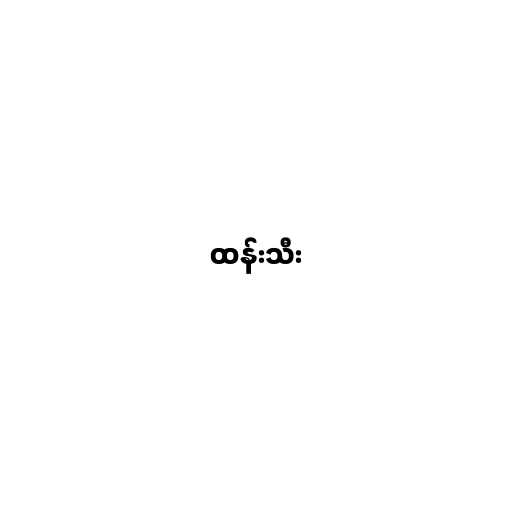
ထန်းသီး